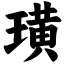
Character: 璜